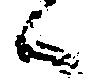
候